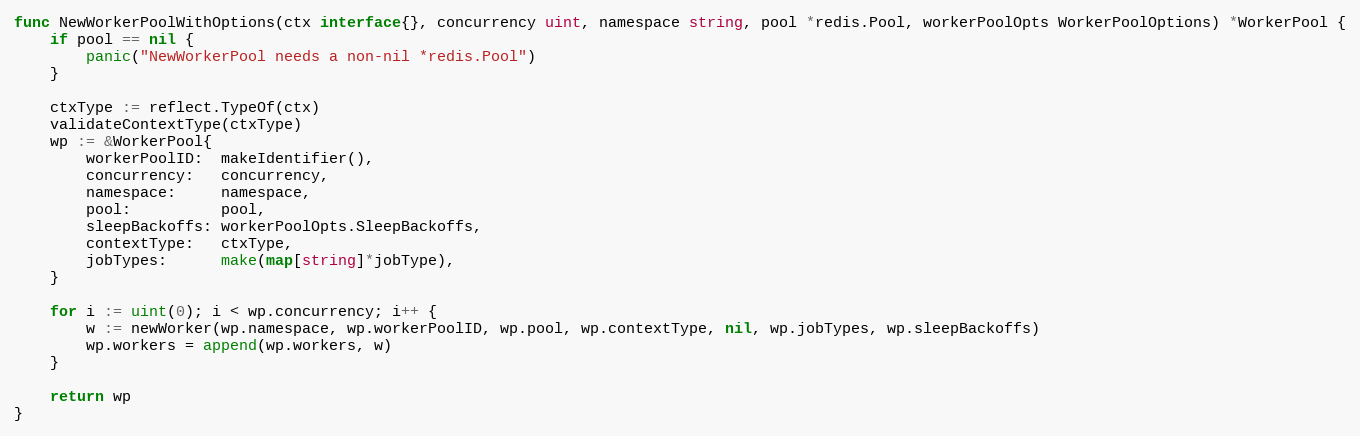
Language: Go
func NewWorkerPoolWithOptions(ctx interface{}, concurrency uint, namespace string, pool *redis.Pool, workerPoolOpts WorkerPoolOptions) *WorkerPool {
	if pool == nil {
		panic("NewWorkerPool needs a non-nil *redis.Pool")
	}

	ctxType := reflect.TypeOf(ctx)
	validateContextType(ctxType)
	wp := &WorkerPool{
		workerPoolID:  makeIdentifier(),
		concurrency:   concurrency,
		namespace:     namespace,
		pool:          pool,
		sleepBackoffs: workerPoolOpts.SleepBackoffs,
		contextType:   ctxType,
		jobTypes:      make(map[string]*jobType),
	}

	for i := uint(0); i < wp.concurrency; i++ {
		w := newWorker(wp.namespace, wp.workerPoolID, wp.pool, wp.contextType, nil, wp.jobTypes, wp.sleepBackoffs)
		wp.workers = append(wp.workers, w)
	}

	return wp
}